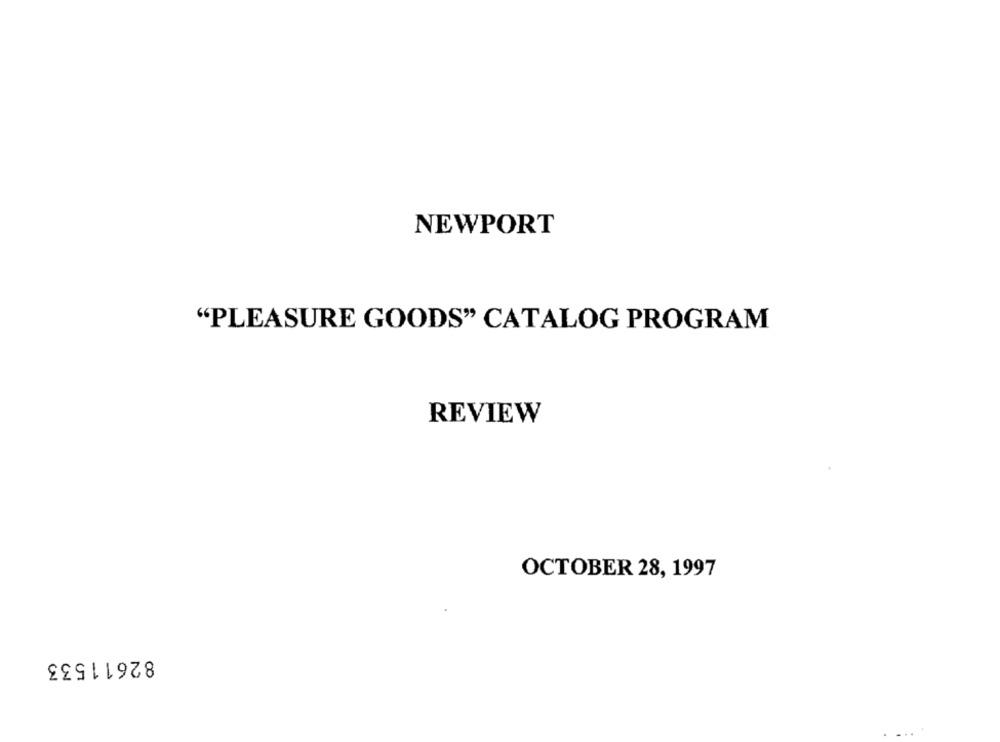
NEWPORT
"PLEASURE GOODS" CATALOG PROGRAM
REVIEW
OCTOBER 28, 1997
82611533